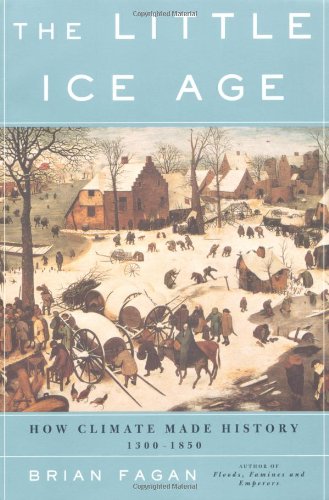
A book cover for The Little Ice Age: How Climate Made History 1300-1850; Brian Fagan; Science & Math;